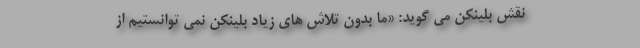
نقش بلینکن می گوید: «ما بدون تلاش های زیاد بلینکن نمی توانستیم از